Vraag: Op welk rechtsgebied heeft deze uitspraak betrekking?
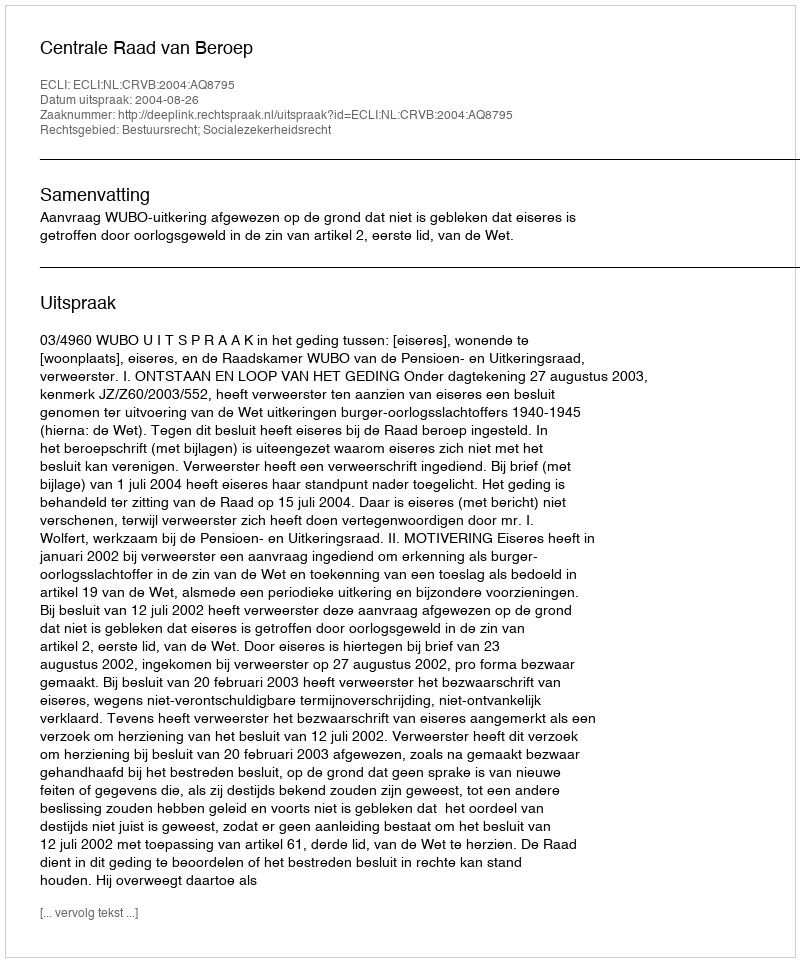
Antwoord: Bestuursrecht; Socialezekerheidsrecht